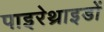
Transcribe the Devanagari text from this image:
पाइरेथ्राइडों